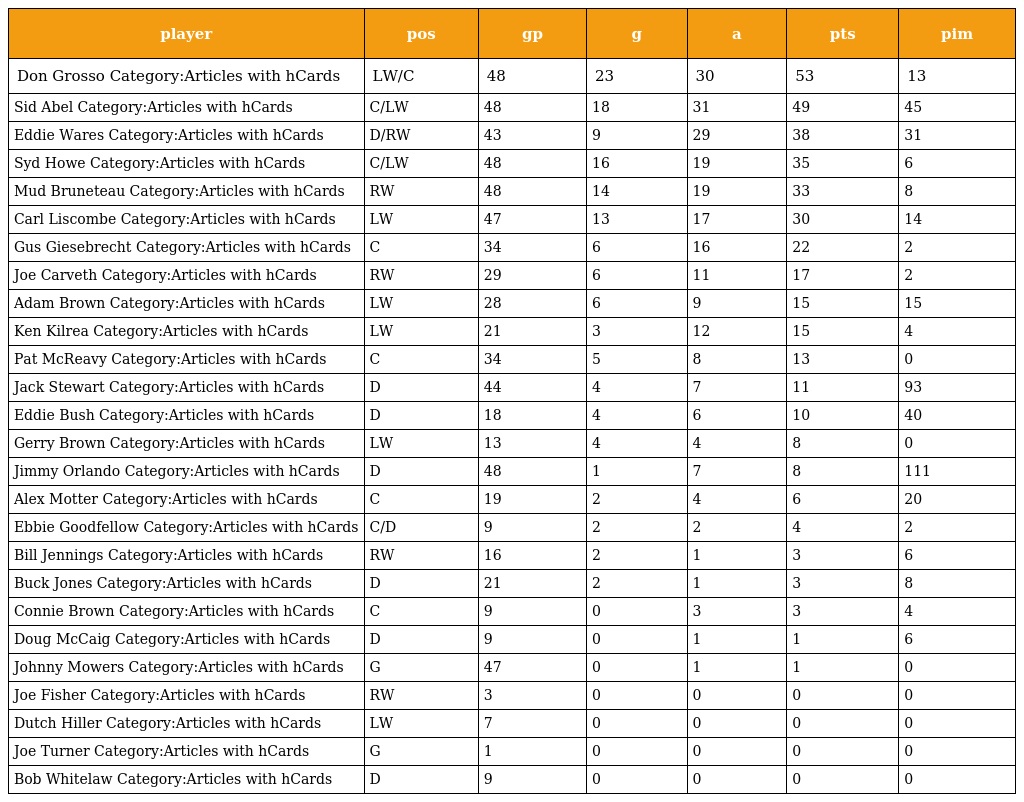
| player | pos | gp | g | a | pts | pim |
 | --- | --- | --- | --- | --- | --- | --- |
 | Don Grosso Category:Articles with hCards | LW/C | 48 | 23 | 30 | 53 | 13 |
 | Sid Abel Category:Articles with hCards | C/LW | 48 | 18 | 31 | 49 | 45 |
 | Eddie Wares Category:Articles with hCards | D/RW | 43 | 9 | 29 | 38 | 31 |
 | Syd Howe Category:Articles with hCards | C/LW | 48 | 16 | 19 | 35 | 6 |
 | Mud Bruneteau Category:Articles with hCards | RW | 48 | 14 | 19 | 33 | 8 |
 | Carl Liscombe Category:Articles with hCards | LW | 47 | 13 | 17 | 30 | 14 |
 | Gus Giesebrecht Category:Articles with hCards | C | 34 | 6 | 16 | 22 | 2 |
 | Joe Carveth Category:Articles with hCards | RW | 29 | 6 | 11 | 17 | 2 |
 | Adam Brown Category:Articles with hCards | LW | 28 | 6 | 9 | 15 | 15 |
 | Ken Kilrea Category:Articles with hCards | LW | 21 | 3 | 12 | 15 | 4 |
 | Pat McReavy Category:Articles with hCards | C | 34 | 5 | 8 | 13 | 0 |
 | Jack Stewart Category:Articles with hCards | D | 44 | 4 | 7 | 11 | 93 |
 | Eddie Bush Category:Articles with hCards | D | 18 | 4 | 6 | 10 | 40 |
 | Gerry Brown Category:Articles with hCards | LW | 13 | 4 | 4 | 8 | 0 |
 | Jimmy Orlando Category:Articles with hCards | D | 48 | 1 | 7 | 8 | 111 |
 | Alex Motter Category:Articles with hCards | C | 19 | 2 | 4 | 6 | 20 |
 | Ebbie Goodfellow Category:Articles with hCards | C/D | 9 | 2 | 2 | 4 | 2 |
 | Bill Jennings Category:Articles with hCards | RW | 16 | 2 | 1 | 3 | 6 |
 | Buck Jones Category:Articles with hCards | D | 21 | 2 | 1 | 3 | 8 |
 | Connie Brown Category:Articles with hCards | C | 9 | 0 | 3 | 3 | 4 |
 | Doug McCaig Category:Articles with hCards | D | 9 | 0 | 1 | 1 | 6 |
 | Johnny Mowers Category:Articles with hCards | G | 47 | 0 | 1 | 1 | 0 |
 | Joe Fisher Category:Articles with hCards | RW | 3 | 0 | 0 | 0 | 0 |
 | Dutch Hiller Category:Articles with hCards | LW | 7 | 0 | 0 | 0 | 0 |
 | Joe Turner Category:Articles with hCards | G | 1 | 0 | 0 | 0 | 0 |
 | Bob Whitelaw Category:Articles with hCards | D | 9 | 0 | 0 | 0 | 0 |